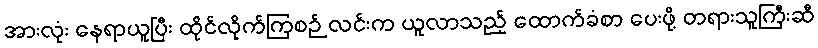
အားလုံး နေရာယူပြီး ထိုင်လိုက်ကြစဉ် လင်းက ယူလာသည့် ထောက်ခံစာ ပေးဖို့ တရားသူကြီးဆီ